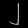
Digit: ၂